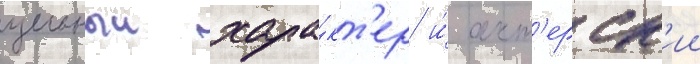
цельныи хара́кт'ер и́ акт'ерск'ии